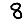
Digit: 8